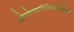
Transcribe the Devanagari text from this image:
ओटोल्यारिंजियोलोजी